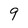
Character: 9